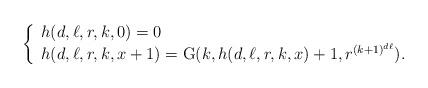
LaTeX: \begin{align*}\left\{ \begin{array} {l} h(d,\ell,r,k,0)=0\\ h(d,\ell,r,k,x+1)=\mathrm{G}(k,h(d,\ell,r,k,x)+1,r^{(k+1)^{d\ell}}).\end{array} \right.\end{align*}